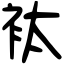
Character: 𧘹